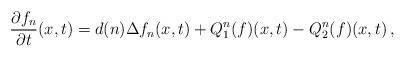
LaTeX: \begin{align*}\frac{\partial{f_n}}{\partial t}(x,t) = d(n)\Delta f_n (x,t) +Q^n_1(f) (x,t) -Q^n_2(f) (x,t) \, ,\end{align*}